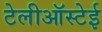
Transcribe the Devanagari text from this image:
टेलीऑस्टेई